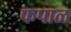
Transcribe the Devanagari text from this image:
फपाळ